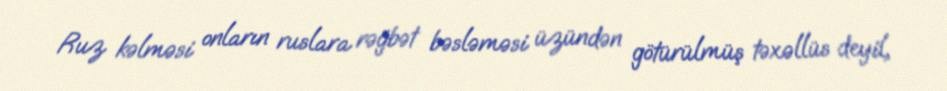
Ruz kəlməsi onların ruslara rəğbət bəsləməsi üzündən götürülmüş təxəllüs deyil,